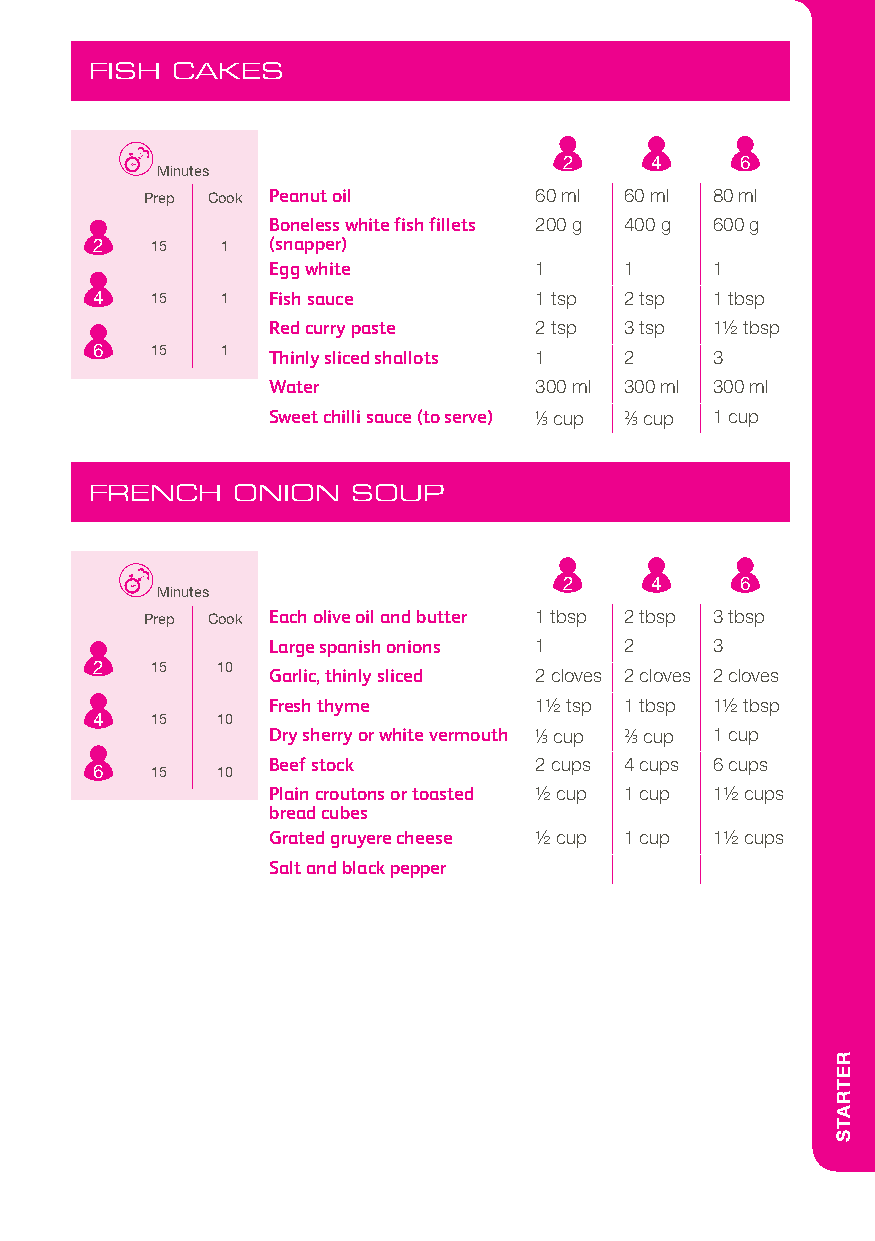
FISH CAKES
 2     4     6
 Minutes
 Prep Cook Peanut oil     60 ml 60 ml 80 ml
 Boneless white fish fillets 200 g 400 g 600 g
 2   15   1  (snapper)
 Egg white        1     1     1
 4   15   1  Fish sauce       1 tsp 2 tsp 1 tbsp
 Red curry paste  2 tsp 3 tsp 11/2 tbsp
 6   15   1  Thinly sliced shallots 1 2   3
 Water            300 ml 300 ml 300 ml
 Sweet chilli sauce (to serve) 1/3 cup 2/3 cup 1 cup
 FRENCH   ONION   SOUP
 2     4     6
 Minutes
 Prep Cook Each olive oil and butter 1 tbsp 2 tbsp 3 tbsp
 Large spanish onions 1 2     3
 2   15  10
 Garlic, thinly sliced 2 cloves 2 cloves 2 cloves
 Fresh thyme      11/2 tsp 1 tbsp 11/2 tbsp
 4   15  10
 Dry sherry or white vermouth 1/3 cup 2/3 cup 1 cup
 Beef stock       2 cups 4 cups 6 cups
 6   15  10
 Plain croutons or toasted 1/2 cup 1 cup 11/2 cups
 bread cubes
 Grated gruyere cheese 1/2 cup 1 cup 11/2 cups
 Salt and black pepper
 RETRATS